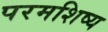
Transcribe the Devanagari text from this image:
परमशिष्य